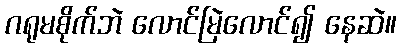
ဂရုမစိုက်ဘဲ လောင်မြဲလောင်၍ နေဆဲ။